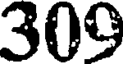
309